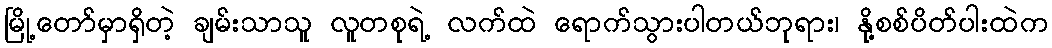
မြို့တော်မှာရှိတဲ့ ချမ်းသာသူ လူတစုရဲ့ လက်ထဲ ရောက်သွားပါတယ်ဘုရား၊ နို့စစ်ပိတ်ပါးထဲက